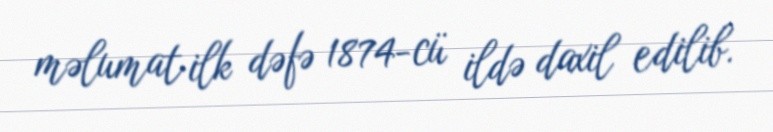
məlumat ilk dəfə 1874-cü ildə daxil edilib.